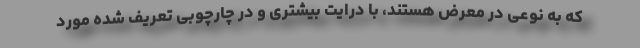
که به نوعی در معرض هستند، با درایت بیشتری و در چارچوبی تعریف شده مورد